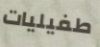
طفيليات